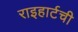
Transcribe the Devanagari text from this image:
राइहार्टची